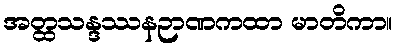
အတ္ထသန္ဒဿနဉာဏကထာ မာတိကာ။